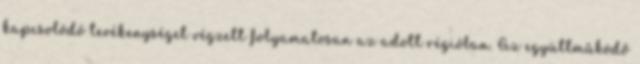
kapcsolódó tevékenységet végzett folyamatosan az adott régióban. Az együttműködő